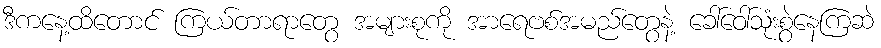
ဒီကနေ့ထိတောင် ကြယ်တာရာတွေ အများစုကို အာရေဗစ်အမည်တွေနဲ့ ခေါ်ဝေါ်သုံးစွဲနေကြဆဲ